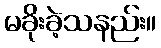
မခိုးခဲ့သနည်း။